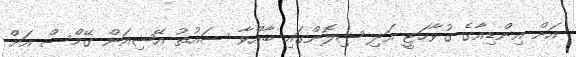
އަށް އިންޑިއާގެ ގުވާހަޓީ އަދި ޝިލޮންގައި ބާއްވާ ސައުތު އޭޝިއަން ގޭމްސް އަށް